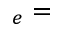
_ e { } = { }